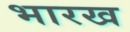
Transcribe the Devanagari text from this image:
भारख